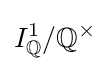
I_{\mathbb {Q} }^{1}/\mathbb {Q} ^{\times }